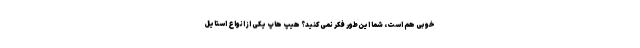
خوبی هم است، شما این‌طور فکر نمی‌کنید؟ هیپ هاپ یکی از انواع استایل